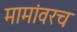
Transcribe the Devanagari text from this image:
मामांवरच